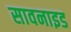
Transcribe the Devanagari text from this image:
सावनाइड